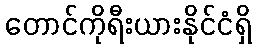
တောင်ကိုရီးယားနိုင်ငံရှိ